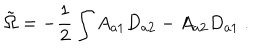
LaTeX: \tilde { \Omega } = - \frac { 1 } { 2 } \int A _ { a 1 } D _ { a 2 } - A _ { a 2 } D _ { a 1 } \ .